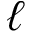
\ell